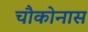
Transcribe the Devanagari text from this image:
चौकोनास